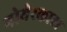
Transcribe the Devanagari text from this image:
गोयेरकाटा